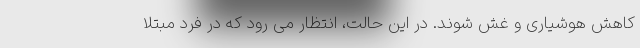
کاهش هوشیاری و غش شوند. در این حالت، انتظار می رود که در فرد مبتلا